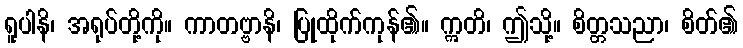
ရူပါနိ၊ အရုပ်တို့ကို။ ကာတဗ္ဗာနိ၊ ပြုထိုက်ကုန်၏။ ဣတိ၊ ဤသို့။ စိတ္တသညာ၊ စိတ်၏